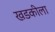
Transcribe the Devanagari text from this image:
खडकीला